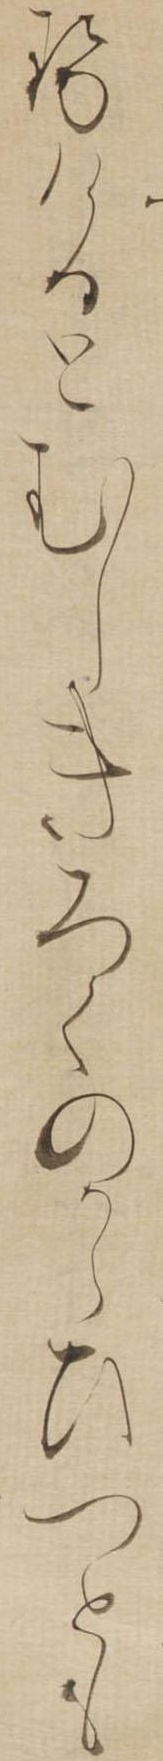
せけるとむしきろくのからひつとも